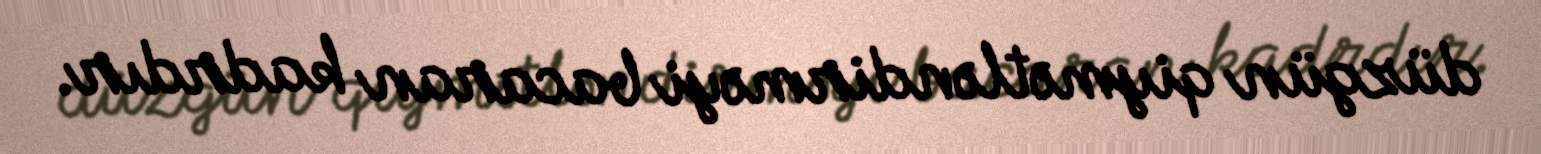
düzgün qiymətləndirməyi bacaran kadrdır.